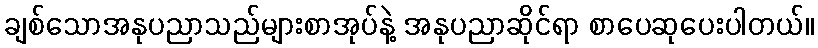
ချစ်သောအနုပညာသည်များစာအုပ်နဲ့ အနုပညာဆိုင်ရာ စာပေဆုပေးပါတယ်။